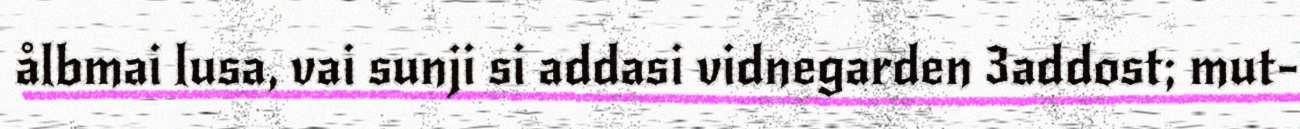
ålbmai lusa, vai sunji si addasi vidnegarden 3addost; mut-